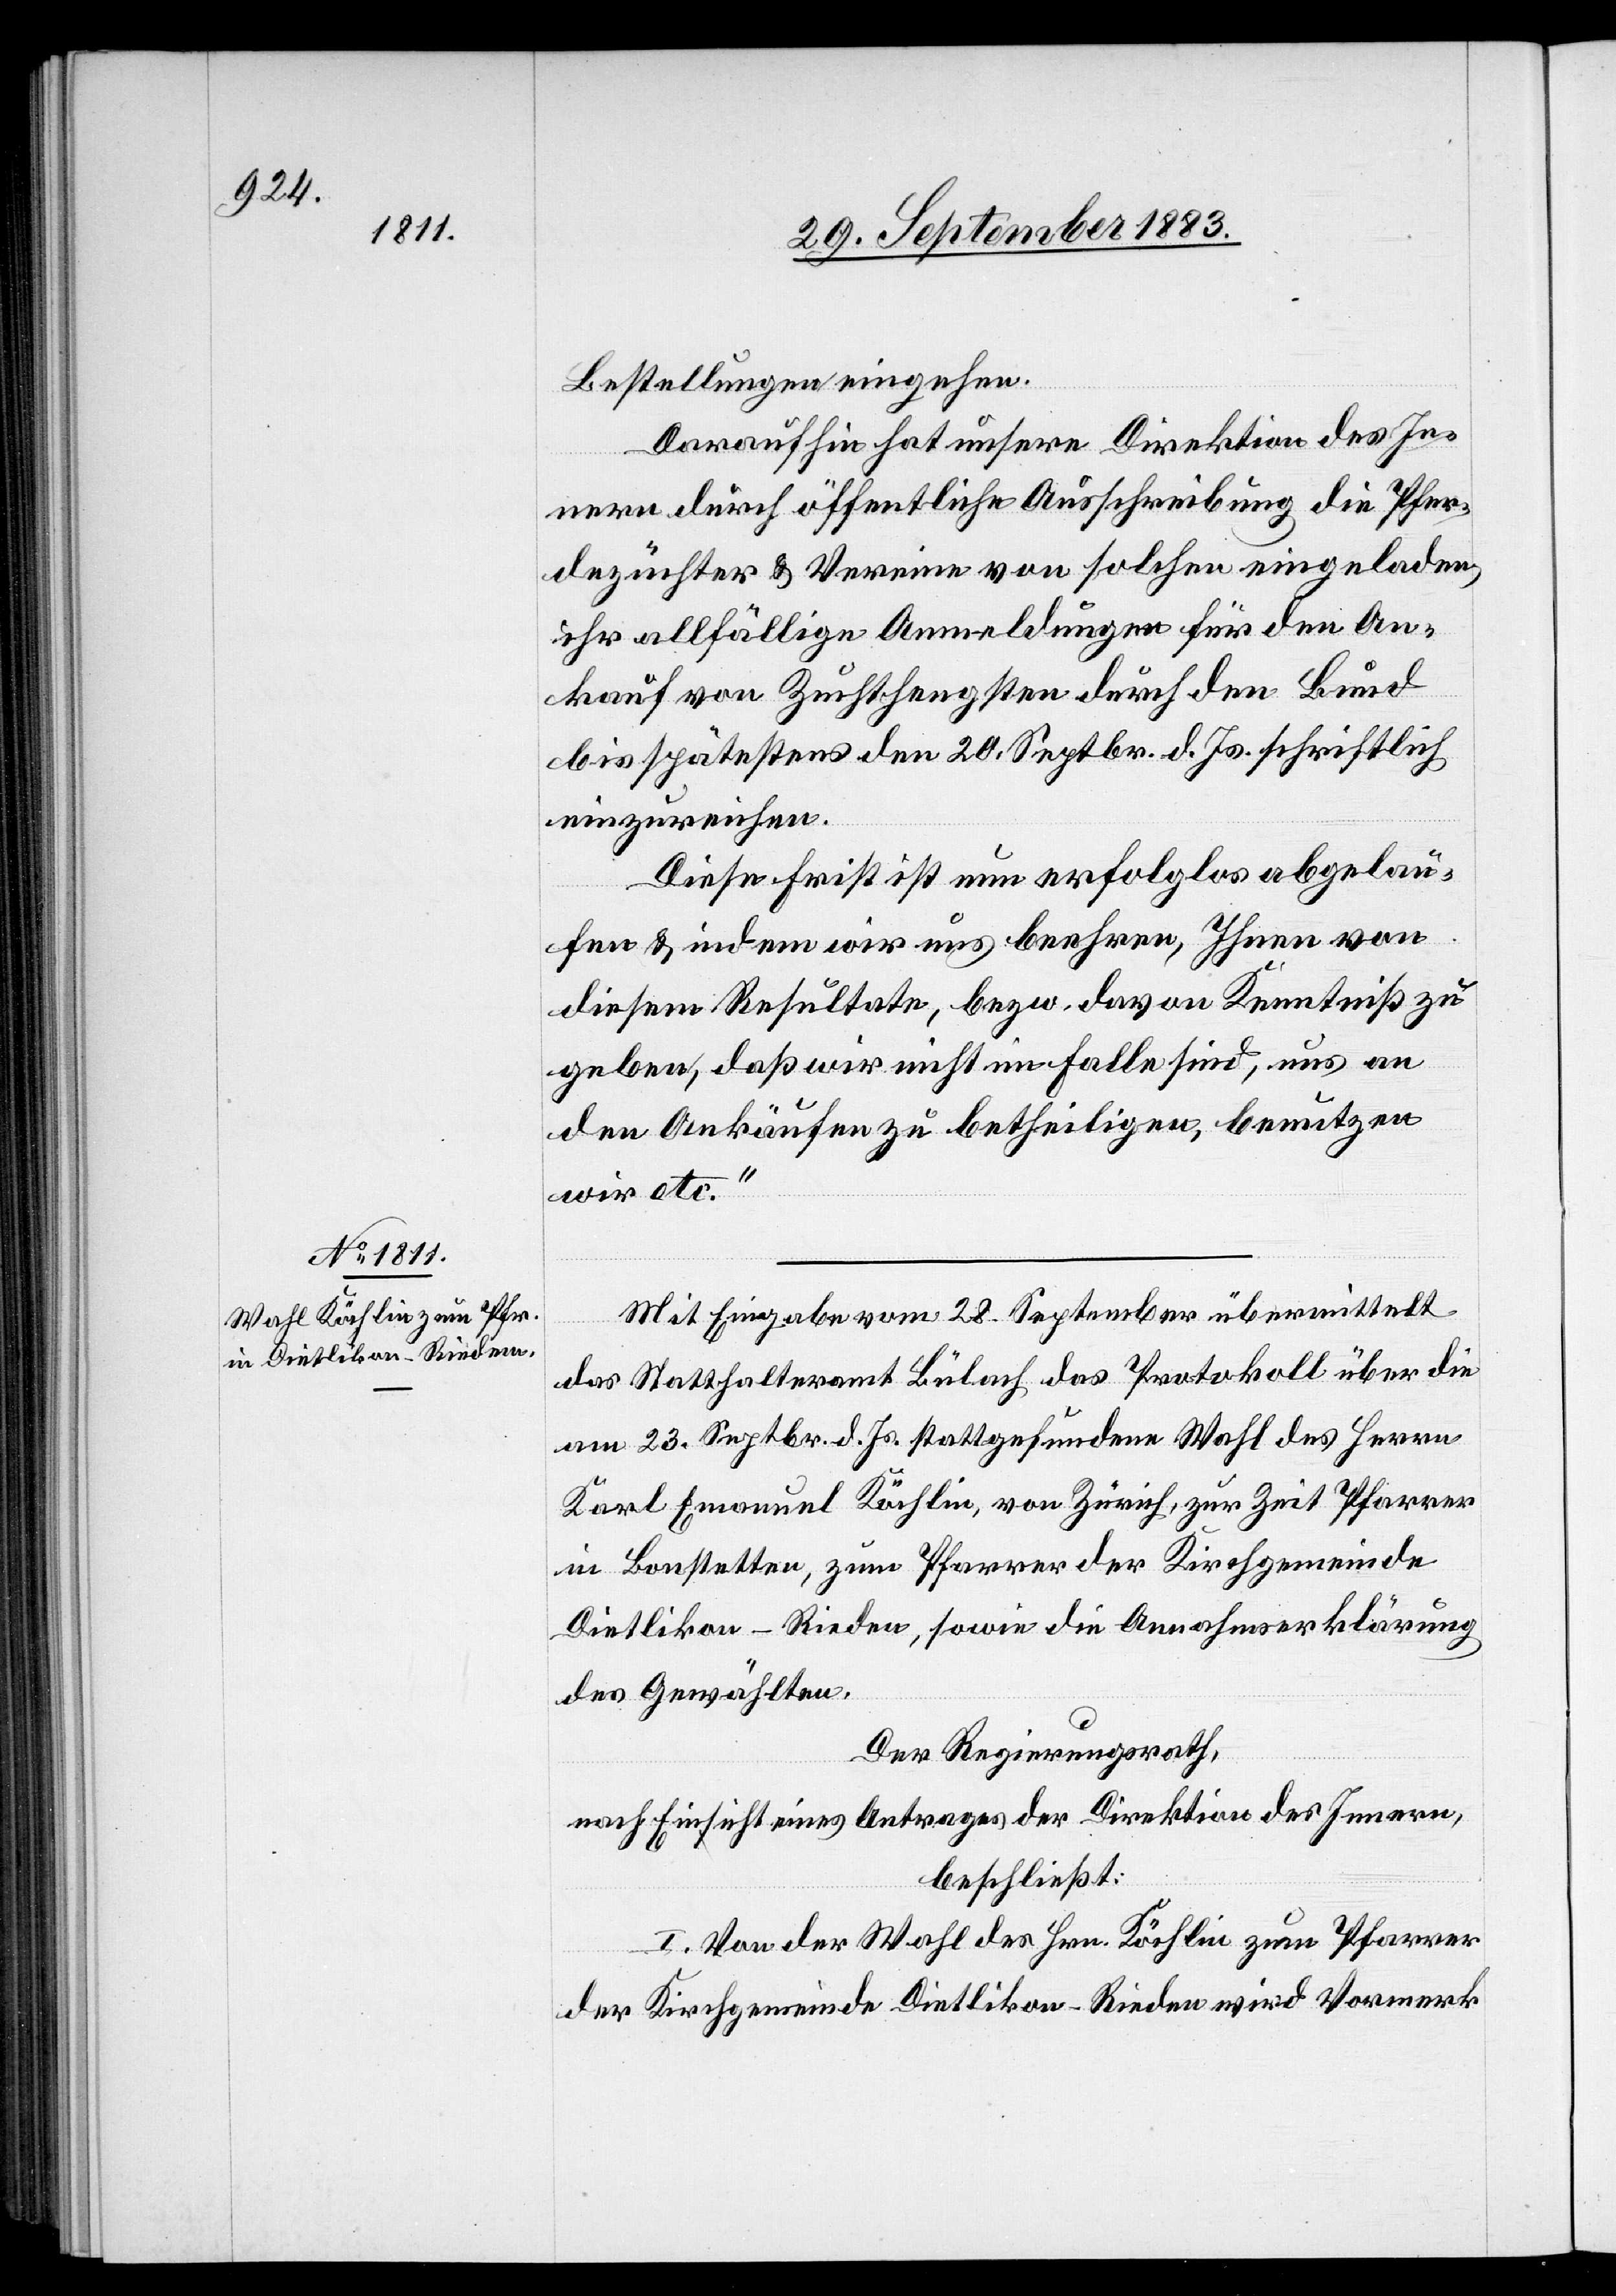
Bestellungen eingehen.
Darauf hin hat unsere Direktion des In¬
nern durch öffentliche Ausschreibung die Pfer¬
dezüchter & Vereine von solchen eingeladen,
ihr allfällige Anmeldungen für den An¬
kauf von Zuchthengsten durch den Bund
bis spätestens den 20. Septbr. d. Js. schriftlich
einzureichen.
Diese Frist ist nun erfolglos abgelau¬
fen & indem wir uns beehren, Ihnen von
diesem Resultate bezw. davon Kenntniß zu
geben, daß wir nicht im Falle sind, uns an
den Ankäufen zu betheiligen, benutzen
wir etc.“
Mit Eingabe vom 28. September übermittelt
das Statthalteramt Bülach das Protokoll über die
am 23. Septbr. d. Js. stattgefundene Wahl des Herrn
Karl Emanuel Köchlin, von Zürich, zur Zeit Pfarrer
in Bonstetten, zum Pfarrer der Kirchgemeinde
Dietlikon-Rieden, sowie die Annahmserklärung
des Gewählten.
Der Regierungsrath,
nach Einsicht eines Antrages der Direktion des Innern,
beschließt:
I. Von der Wahl des Hrn. Köchlin zum Pfarrer
der Kirchgemeinde Dietlikon-Rieden wird Vormerk